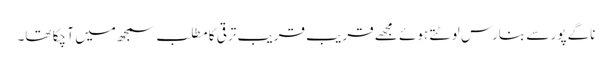
ناگے پور سے بنارس لوٹتے ہوئے مجھے قریب قریب ترقی کا مطلب سمجھ میں آ چکا تھا۔